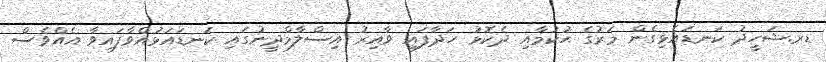
ޑރ.ޝަހީދު ކަނޑައެޅިގެން މަރުގެ ޙުކުމާއި ދެކޮޅު ހަދާފައި ވާއިރު އިސްލާމްދީނުގައި ކަނޑައަޅުއްވާފައިވާ އެއްވެސް